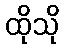
ထိုသို